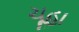
ચૂહા